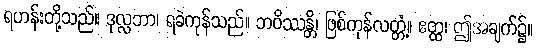
ရဟန်းတို့သည်။ ဒုလ္လဘာ၊ ရခဲကုန်သည်။ ဘဝိဿန္တိ၊ ဖြစ်ကုန်လတ္တံ့။ ဧတ္ထ၊ ဤအချက်၌။